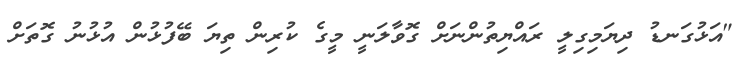
"އަޅުގަނޑު ދިޔަމިގިލީ ރައްޔިތުންނަށް ގޮވާލަނީ މީގެ ކުރިން ތިޔަ ބޭފުޅުން އުޅުނު ގޮތަށް